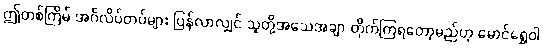
ဤတစ်ကြိမ် အင်္ဂလိပ်တပ်များ ပြန်လာလျှင် သူတို့အသေအချာ တိုက်ကြရတော့မည်ဟု မောင်ရွှေဝါ